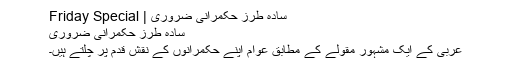
سادہ طرزِ حکمرانی ضروری | Friday Special
سادہ طرزِ حکمرانی ضروری
عربی کے ایک مشہور مقولے کے مطابق عوام اپنے حکمرانوں کے نقشِ قدم پر چلتے ہیں۔